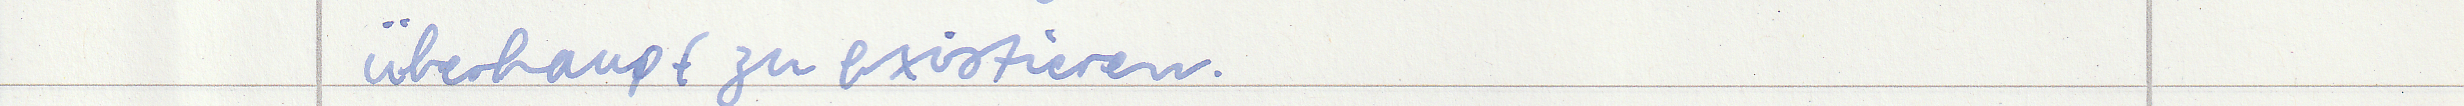
überhaupt zu existieren.